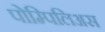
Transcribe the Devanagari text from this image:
पोम्पिलिअस